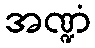
အဏ္ဍံ